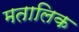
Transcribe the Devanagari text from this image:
मतालिक